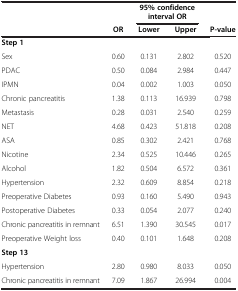
<table><thead><tr><td><b> </b></td><td><b> </b></td><td colspan="2"><b>95% confidence interval OR</b></td><td><b> </b></td></tr><tr><td><b> </b></td><td><b>OR</b></td><td><b>Lower</b></td><td><b>Upper</b></td><td><b>P-value</b></td></tr></thead><tbody><tr><td><b>Step 1</b></td><td> </td><td> </td><td> </td><td> </td></tr><tr><td>Sex</td><td>0.60</td><td>0.131</td><td>2.802</td><td>0.520</td></tr><tr><td>PDAC</td><td>0.50</td><td>0.084</td><td>2.984</td><td>0.447</td></tr><tr><td>IPMN</td><td>0.04</td><td>0.002</td><td>1.003</td><td>0.050</td></tr><tr><td>Chronic pancreatitis</td><td>1.38</td><td>0.113</td><td>16.939</td><td>0.798</td></tr><tr><td>Metastasis</td><td>0.28</td><td>0.031</td><td>2.540</td><td>0.259</td></tr><tr><td>NET</td><td>4.68</td><td>0.423</td><td>51.818</td><td>0.208</td></tr><tr><td>ASA</td><td>0.85</td><td>0.302</td><td>2.421</td><td>0.768</td></tr><tr><td>Nicotine</td><td>2.34</td><td>0.525</td><td>10.446</td><td>0.265</td></tr><tr><td>Alcohol</td><td>1.82</td><td>0.504</td><td>6.572</td><td>0.361</td></tr><tr><td>Hypertension</td><td>2.32</td><td>0.609</td><td>8.854</td><td>0.218</td></tr><tr><td>Preoperative Diabetes</td><td>0.93</td><td>0.160</td><td>5.490</td><td>0.943</td></tr><tr><td>Postoperative Diabetes</td><td>0.33</td><td>0.054</td><td>2.077</td><td>0.240</td></tr><tr><td>Chronic pancreatitis in remnant</td><td>6.51</td><td>1.390</td><td>30.545</td><td>0.017</td></tr><tr><td>Preoperative Weight loss</td><td>0.40</td><td>0.101</td><td>1.648</td><td>0.208</td></tr><tr><td><b>Step 13</b></td><td> </td><td> </td><td> </td><td> </td></tr><tr><td>Hypertension</td><td>2.80</td><td>0.980</td><td>8.033</td><td>0.050</td></tr><tr><td>Chronic pancreatitis in remnant</td><td>7.09</td><td>1.867</td><td>26.994</td><td>0.004</td></tr></tbody></table>